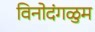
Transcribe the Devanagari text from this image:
विनोदंगळुम